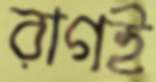
রাগই